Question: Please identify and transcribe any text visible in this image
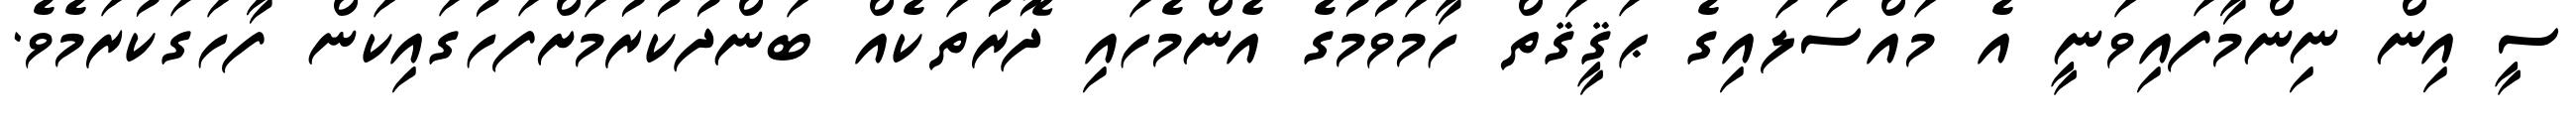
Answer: ސީ އިން ނިންމާފައިވަނީ އެ މައްސަލައިގެ ޙަޤީޤަތް ހާމަވުމުގެ އެންމެހައި ދޮރުތަކެއް ބަންދުކުރުމަށްފަހުގައިކަން ފާހަގަކުރަމެވެ.